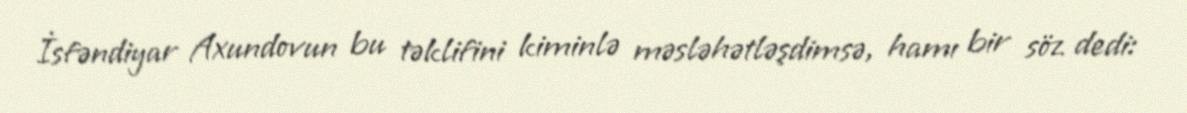
İsfəndiyar Axundovun bu təklifini kiminlə məsləhətləşdimsə, hamı bir söz dedi: